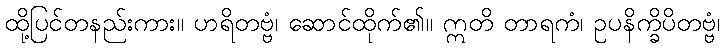
ထို့ပြင်တနည်းကား။ ဟရိတဗ္ဗံ၊ ဆောင်ထိုက်၏။ ဣတိ တာရကံ၊ ဥပနိက္ခိပိတဗ္ဗံ၊